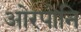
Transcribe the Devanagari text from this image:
ओरपोनि